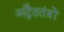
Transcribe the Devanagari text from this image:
अद्वैततंत्रों